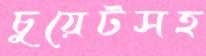
চুয়েটসহ